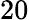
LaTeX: \mathrm{20}